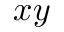
x y